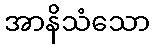
အာနိသံသော